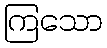
ကြသော